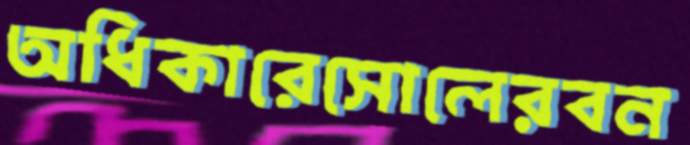
অধিকারেসোলেরবন